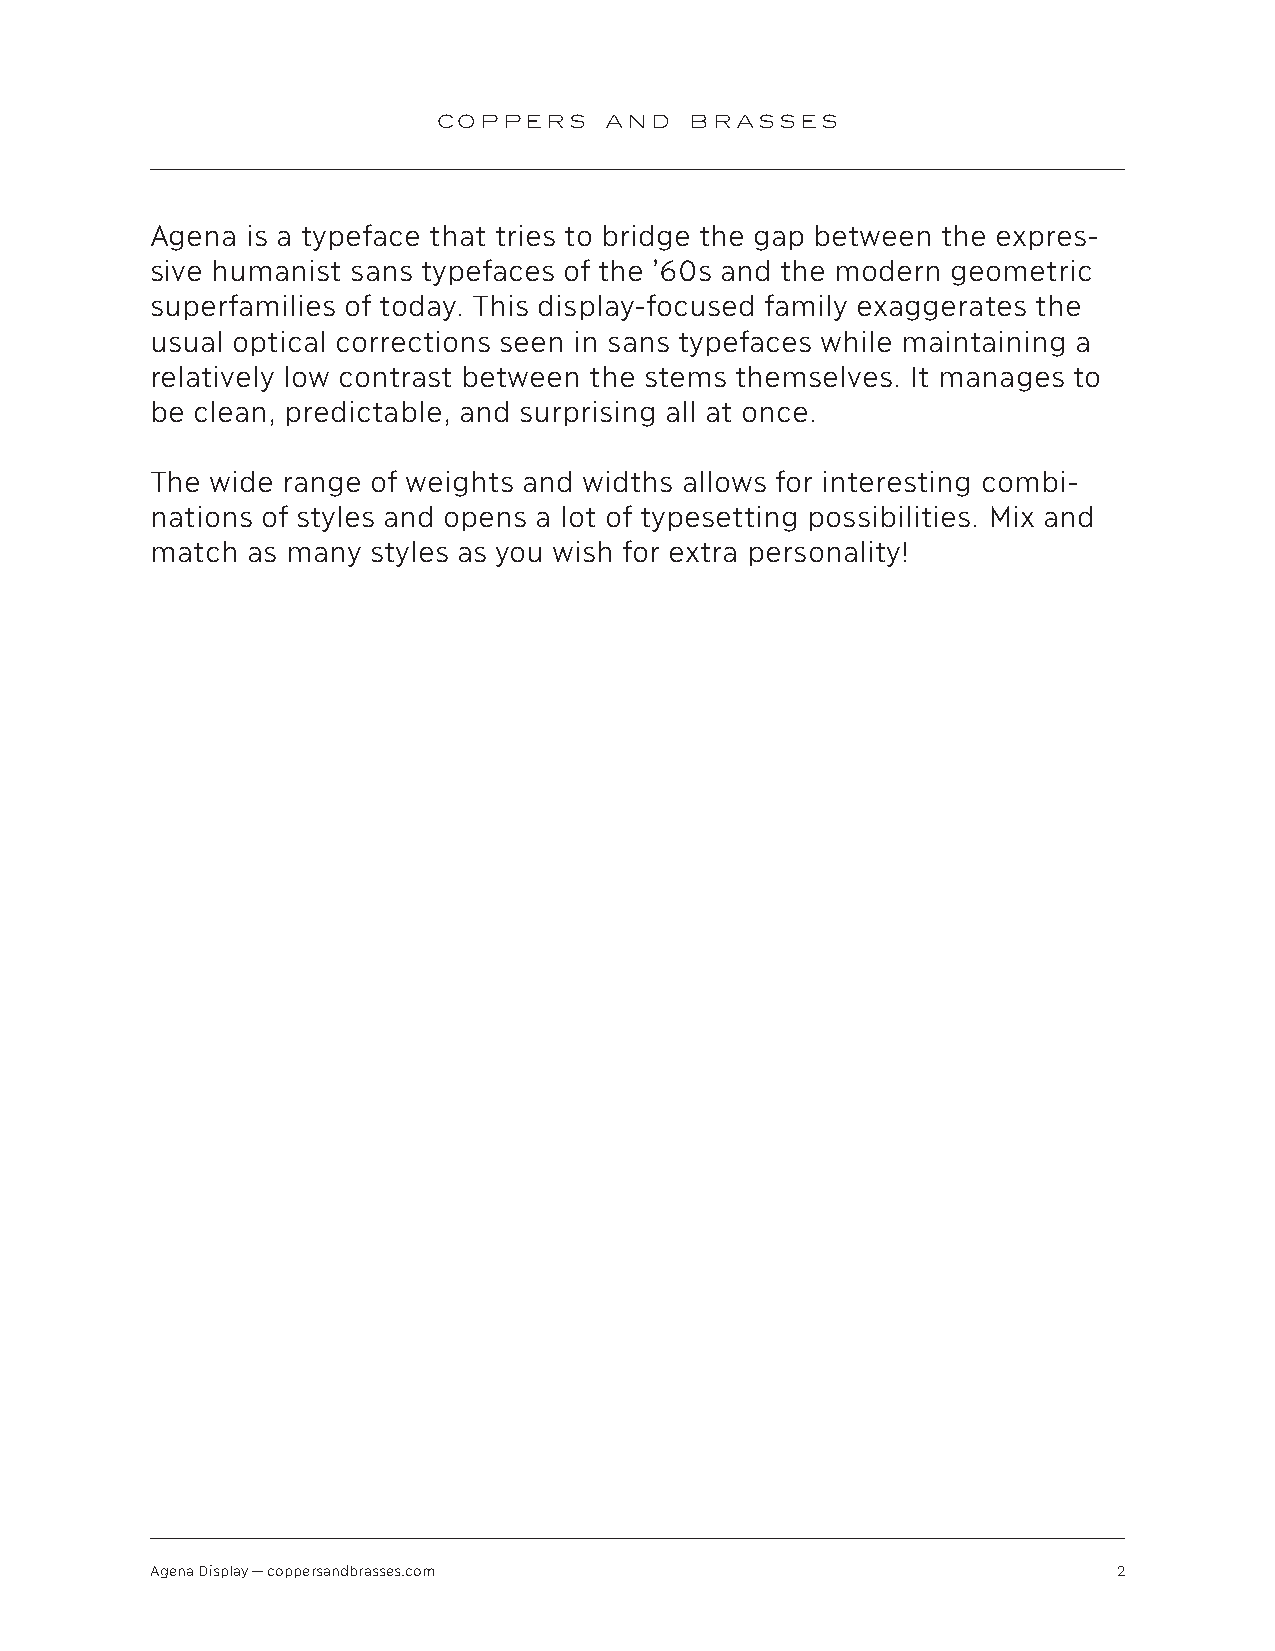
COPPERS    AND   BRASSES
 Agena is a typeface that tries to bridge the gap between the expres-
 sive humanist sans typefaces of the ’60s and the modern geometric
 superfamilies of today. This display-focused family exaggerates the
 usual optical corrections seen in sans typefaces while maintaining a
 relatively low contrast between the stems themselves. It manages to
 be clean, predictable, and surprising all at once.
 The wide range of weights and widths allows for interesting combi-
 nations of styles and opens a lot of typesetting possibilities. Mix and
 match as many styles as you wish for extra personality!
 Agena Display — coppersandbrasses.com                           2